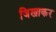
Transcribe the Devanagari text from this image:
जिखाकर